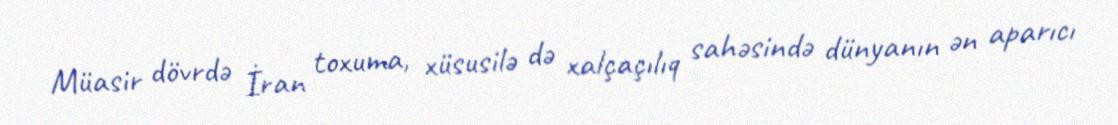
Müasir dövrdə İran toxuma, xüsusilə də xalçaçılıq sahəsində dünyanın ən aparıcı